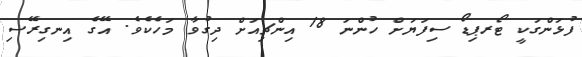
ފުޅަންގަކީ ޓޯރޕިޑޯ ސިފަޔަށް ހުންނަ 18 އިންޗިއަށް ދިގުވާ މަހެކެވެ. އޭގެ އިނގިރޭސި